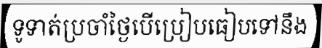
ទូទាត់ប្រចាំថ្ងៃបើប្រៀបធៀបទៅនឹង